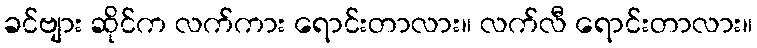
ခင်ဗျား ဆိုင်က လက်ကား ရောင်းတာလား။ လက်လီ ရောင်းတာလား။